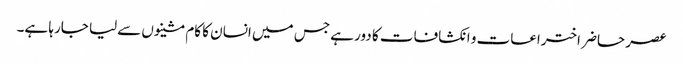
عصر حاضر اختراعات و انکشافات کا دور ہے جس میں انسان کا کام مشینوں سےلیا جارہا ہے۔